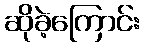
ဆိုခဲ့ကြောင်း